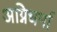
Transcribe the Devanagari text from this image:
अग्निधर्मा